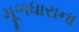
મૂળધારાના